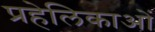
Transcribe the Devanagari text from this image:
प्रहेलिकाओं